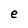
Character: e